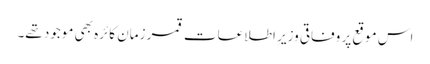
اس موقع پر وفاقی وزیرِ اطلاعات قمر زمان کائرہ بھی موجود تھے۔